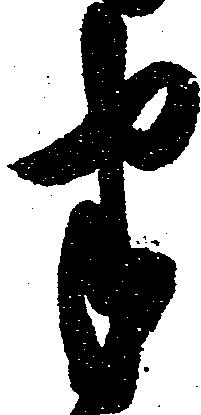
半